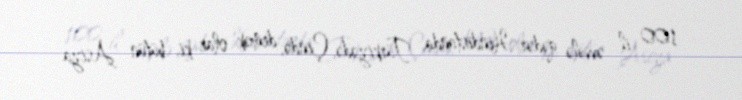
100 il əvvələ qədər Hindistanda, Türkiyədə, Çində, demək olar ki, bütün Asiya